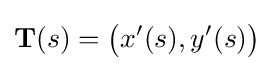
\mathbf {T} (s)={\bigl (}x'(s),y'(s){\bigr )}